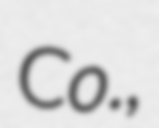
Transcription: Co.,